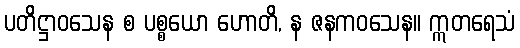
ပတိဋ္ဌာဝသေန စ ပစ္စယော ဟောတိ, န ဇနကဝသေန။ ဣတရေသံ